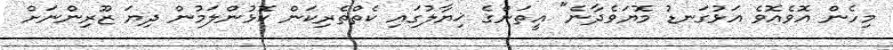
މިހެން އޮވެއޮވެ އަޅުގަނޑު މޮޔަވެދާނެ" އީތަންގެ ޚިޔާލުގައި ކެތްތެރިކަން ކޮޅުންލަމުން ދިޔަ ޒޫރިންނަށް